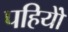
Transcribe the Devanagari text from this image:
पहियोें